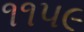
૧૧૫૯